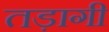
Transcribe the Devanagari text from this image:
तड़ागी